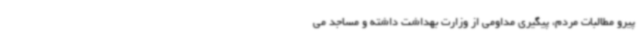
پیرو مطالبات مردم، پیگیری مداومی از وزارت بهداشت داشته و مساجد می